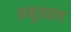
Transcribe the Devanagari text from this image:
अनुग्रहण